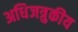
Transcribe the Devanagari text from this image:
अधिजत्रुकीय